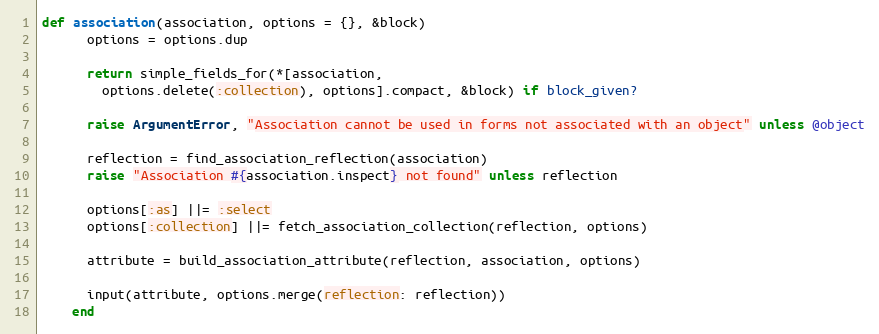
Language: Ruby
def association(association, options = {}, &block)
      options = options.dup

      return simple_fields_for(*[association,
        options.delete(:collection), options].compact, &block) if block_given?

      raise ArgumentError, "Association cannot be used in forms not associated with an object" unless @object

      reflection = find_association_reflection(association)
      raise "Association #{association.inspect} not found" unless reflection

      options[:as] ||= :select
      options[:collection] ||= fetch_association_collection(reflection, options)

      attribute = build_association_attribute(reflection, association, options)

      input(attribute, options.merge(reflection: reflection))
    end